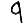
Digit: 9